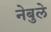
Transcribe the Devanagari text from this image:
नेबुले